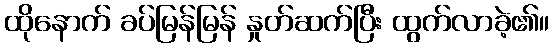
ထိုနောက် ခပ်မြန်မြန် နှုတ်ဆက်ပြီး ထွက်လာခဲ့၏။